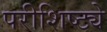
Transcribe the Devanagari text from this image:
परीशिष्ट्ये